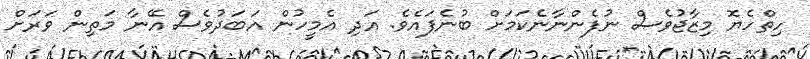
ހިތްހެޔޮ މިޒާޖުވެސް ނުފެންނާނެކަމަށް ބުނެފައެވެ. އަދި އެމީހުން އަބަދުވެސް އޭނާ މަތިން ވަރަށް